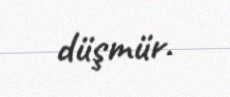
düşmür.